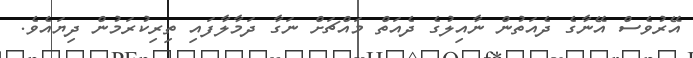
އޭރުވެސް އޭނާގެ ދެއަތުން ނާއިލުގެ ދެއަތް މައްޗަށް ނަގާ ދަމާލާފައި ތިރިކުރަމުން ދިޔައެވެ.